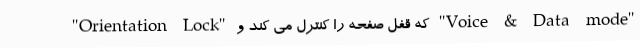
"Orientation Lock" که قفل صفحه را کنترل می کند و "Voice & Data mode"